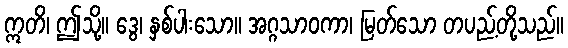
ဣတိ၊ ဤသို့။ ဒွေ၊ နှစ်ပါးသော။ အဂ္ဂသာဝကာ၊ မြတ်သော တပည့်တို့သည်။